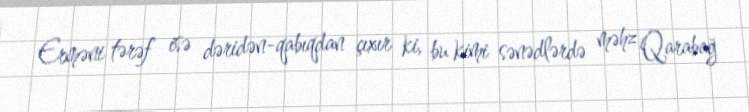
Erməni tərəf isə dəridən-qabıqdan çıxır ki, bu kimi sənədlərdə məhz Qarabağ